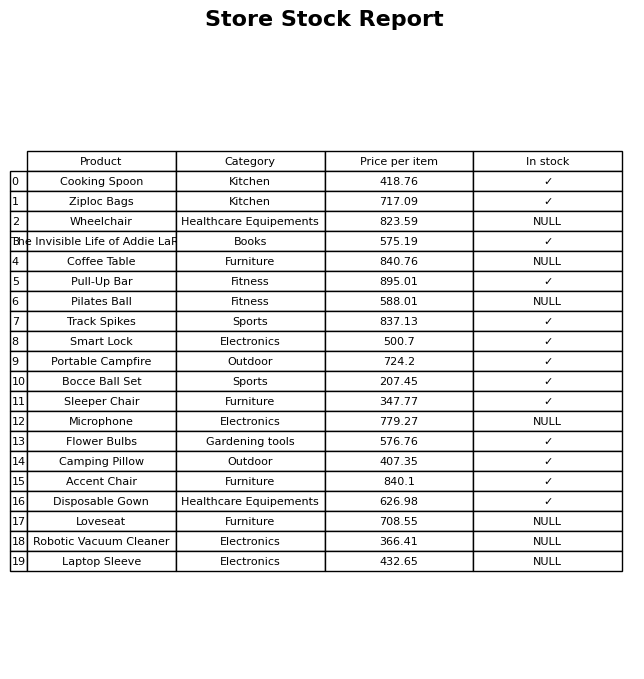
question: What is the price of the Loveseat?
answer: The price of Loveseat is 708.55.